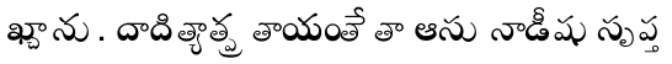
ఖ్చాను. దాదిత్యాత్ప్ర తాయంతే తా ఆసు నాడీషు సృప్త